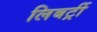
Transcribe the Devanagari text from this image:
लिबर्ट्री